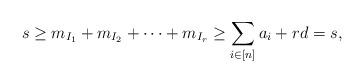
LaTeX: \begin{align*}s\geq m_{I_1}+m_{I_2}+\cdots+ m_{I_r}\geq\sum_{i\in[n]}a_i+rd = s,\end{align*}